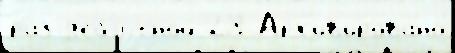
раз д'еб'ю́тной 28 Арх'ив'и́ровано